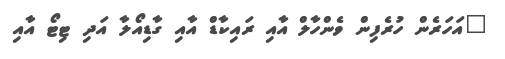
"އަހަރެން ހުރެފިން ވެންހާލް އާއި ރައިކާޑް އާއި ގާޑިއޯލާ އަދި ޓިޓޯ އާއި